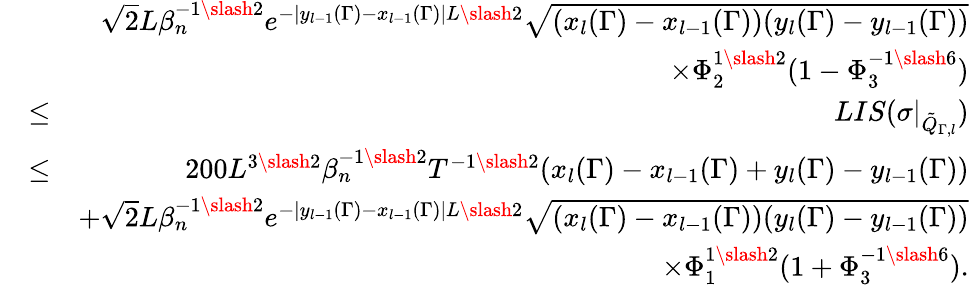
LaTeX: \begin{array}{rlr}&{}&{\sqrt{2}L\beta_{n}^{-1\slash 2}e^{-|y_{l-1}(\Gamma)-x_{l-1}(\Gamma)|L\slash 2}\sqrt{(x_{l}(\Gamma)-x_{l-1}(\Gamma))(y_{l}(\Gamma)-y_{l-1}(\Gamma))}}\\ &{}&{\times\Phi_{2}^{1\slash 2}(1-\Phi_{3}^{-1\slash 6})}\\ &{\leq}&{LIS(\sigma|_{\tilde{Q}_{\Gamma,l}})}\\ &{\leq}&{200L^{3\slash 2}\beta_{n}^{-1\slash 2}T^{-1\slash 2}(x_{l}(\Gamma)-x_{l-1}(\Gamma)+y_{l}(\Gamma)-y_{l-1}(\Gamma))}\\ &{}&{+\sqrt{2}L\beta_{n}^{-1\slash 2}e^{-|y_{l-1}(\Gamma)-x_{l-1}(\Gamma)|L\slash 2}\sqrt{(x_{l}(\Gamma)-x_{l-1}(\Gamma))(y_{l}(\Gamma)-y_{l-1}(\Gamma))}}\\ &{}&{\quad\times\Phi_{1}^{1\slash 2}(1+\Phi_{3}^{-1\slash 6}).}\end{array}